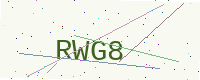
Text: RWG8